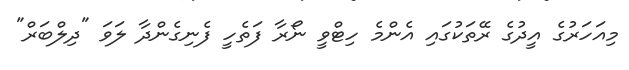
މިއަހަރުގެ އީދުގެ ރޭތަކުގައި އެންމެ ހިޓްވީ ނޯރާ ފަތެހީ ފެނިގެންދާ ލަވަ "ދިލްބަރް"